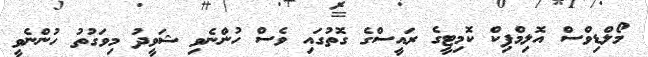
މޯލްޑިވްސް އޮލިމްޕިކް ކޮމިޓީގެ ރައީސްގެ ގޮތުގައި ވެސް ހުންނެވި ޝަވީދު މިވަގުތު ހުންނެވީ